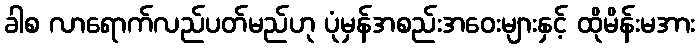
ခါစ လာရောက်လည်ပတ်မည်ဟု ပုံမှန်အစည်းအဝေးများနှင့် ထိုမိန်းမအား